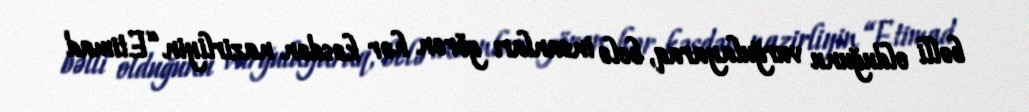
bəlli olduğunu vurğulayaraq, belə insanları görən hər kəsdən nazirliyin “Etimad